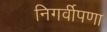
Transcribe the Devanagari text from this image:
निगर्वीपणा